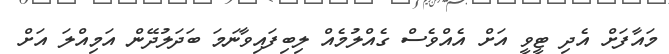
މައާފަށް އެދި ޓީވީ އަށް އެއްވެސް ގެއްލުމެއް ލިބިފައިވާނަމަ ބަދަލުދޭން އަމިއްލަ އަށް